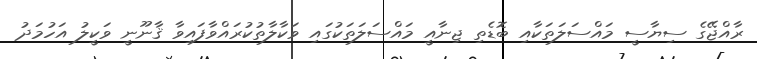
ރާއްޖޭގެ ސިޔާސީ މައްސަލަތަކާއި ބޮޑެތި ޖިނާއީ މައްސަލަތަކުގައި ވަކާލާތުކުރައްވާފައިވާ ޤާނޫނީ ވަކީލު އަހުމަދު